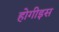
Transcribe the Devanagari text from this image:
होगीइस